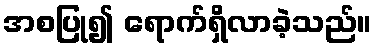
အစပြု၍ ရောက်ရှိလာခဲ့သည်။